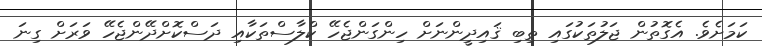
ކަމަށެވެ. އެގޮތުން ޖަލުތަކުގައި ތިބި ޤައިދީންނަށް ހިންގަންޖެހޭ ކްލާސްތަކާއި ދަސްކޮށްދޭންޖެހޭ ވަރަށް ގިނަ